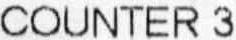
COUNTER 3